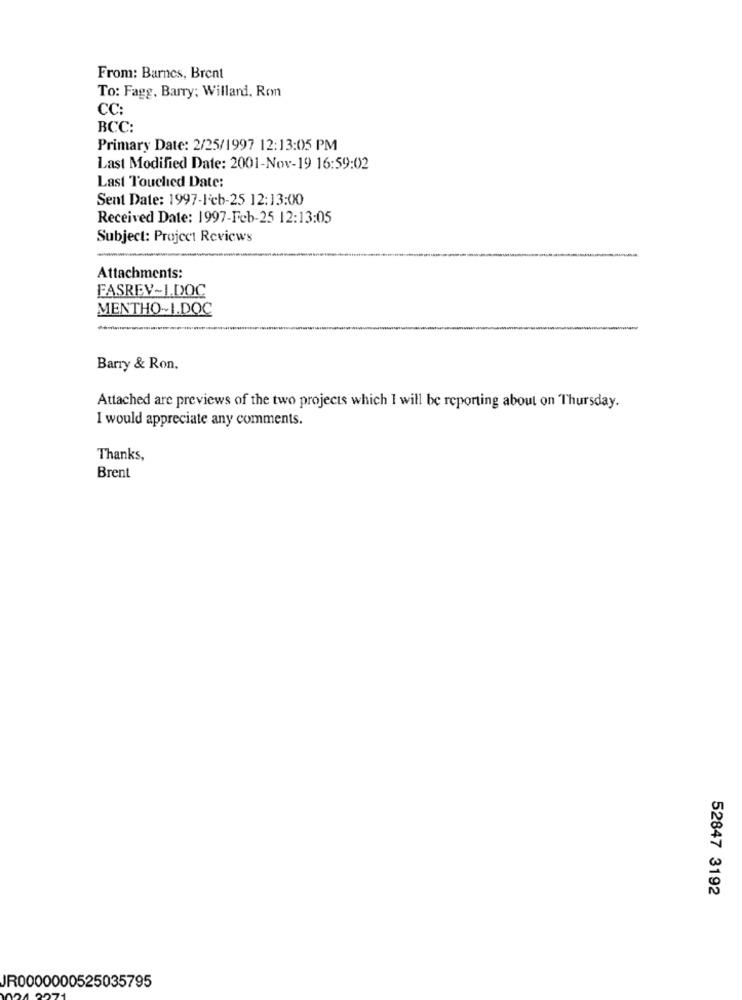
From: Barnes, Brent
To: Fagg, Barry; Willard, Ron
CC:
BCC:
Primary Date: 2/25/1997 12:13:05 PM
Last Modified Date: 2001-Nov-19 16:59:02
Last Touched Date:
Sent Date: 1997-Feb-25 12:13:00
Received Date: 1997-Feb-25 12:13:05
Subject: Project Reviews
Attachments:
FASREY~1.DOC
MENTHO~I.DOC
Barry & Ron.
Attached are previews of the two projects which I will be reporting about on Thursday.
I would appreciate any comments.
Thanks,
Brent
52847 3192
JR0000000525035795